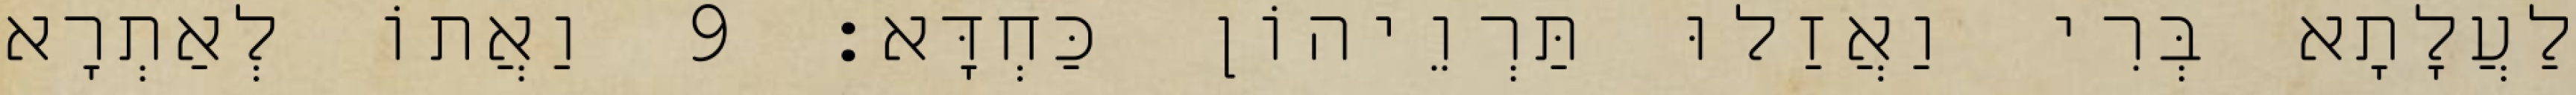
לַעֲלָתָא בְּרִי וַאֲזַלוּ תַּרְוֵיהוֹן כַּחְדָּא׃ 9 וַאֲתוֹ לְאַתְרָא